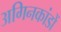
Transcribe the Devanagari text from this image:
अगिनकांडों